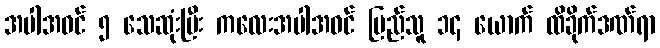
အပါအဝင် ၅ သေဆုံးပြီး ကလေးအပါအဝင် ပြည်သူ ၁၄ ယောက် ထိခိုက်ဒဏ်ရာ